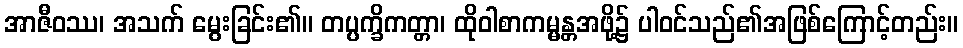
အာဇီဝဿ၊ အသက် မွေးခြင်း၏။ တပ္ပက္ခိကတ္တာ၊ ထိုဝါစာကမ္မန္တအဖို့၌ ပါဝင်သည်၏အဖြစ်ကြောင့်တည်း။